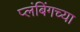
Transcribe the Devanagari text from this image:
प्लंबिंगच्या